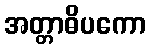
အတ္တာဓိပကော